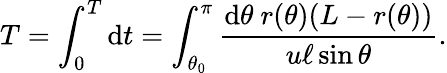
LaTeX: T=\int_{0}^{T}\mathrm{d}t=\int_{\theta_{0}}^{\pi}\frac{\mathrm{d}\theta\ r(\theta)(L-r(\theta))}{u\ell\sin\theta}.